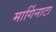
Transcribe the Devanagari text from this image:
मार्गिनाटा